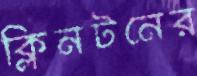
ক্লিনটনের